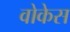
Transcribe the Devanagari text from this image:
वोकेस